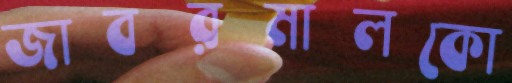
জাবরমালকো